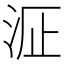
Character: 𱦉